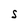
Character: S